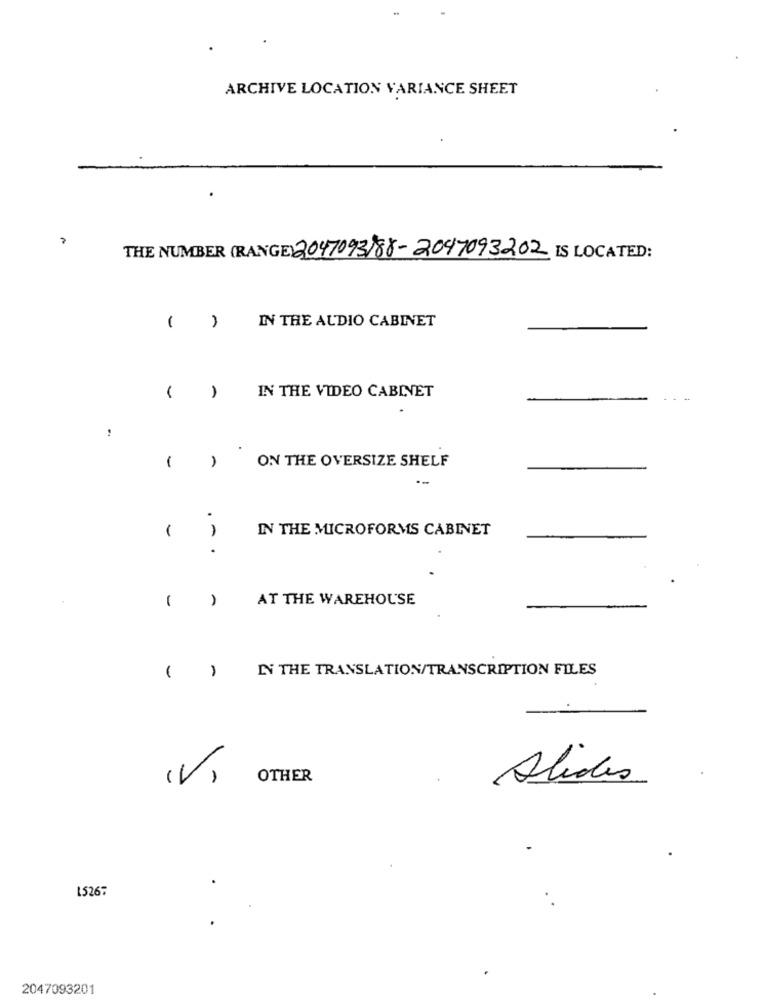
ARCHIVE LOCATION VARIANCE SHEET
THE NUMBER (RANGE) 2047093)88-2047093202 IS LOCATED:
IN THE AUDIO CABINET
( )
-
IN THE VIDEO CABINET
ON THE OVERSIZE SHELF
-
.
IN THE MICROFORMS CABINET
-
.
1
AT THE WAREHOUSE
IN THE TRANSLATION/TRANSCRIPTION FILES
( )
(V)
OTHER
Alides
15267
2047093201